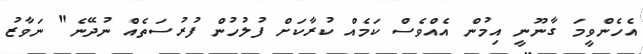
އެހެންވީމަ ގާނޫނީ އިމުން އެއްވެސް ކަމެއް ކުރާކަށް ފުލުހުން ފުރުސަތެއް ނުދޭނެ" ނަވާޒު